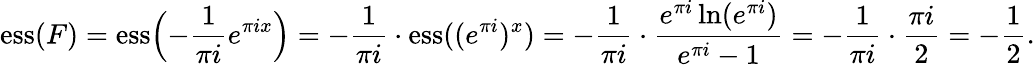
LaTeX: \displaystyle\mathrm{ess}(F)=\mathrm{ess}\Bigl(-\frac{1}{\pi i}e^{\pi ix}\Bigr)=-\frac{1}{\pi i}\cdot\mathrm{ess}((e^{\pi i})^{x})=-\frac{1}{\pi i}\cdot\frac{e^{\pi i}\ln(e^{\pi i})}{e^{\pi i}-1}=-\frac{1}{\pi i}\cdot\frac{\pi i}{2}=-\frac{1}{2}.